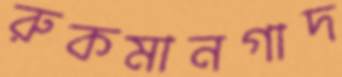
রুকমানগাদ